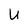
Character: U